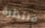
منتظرة